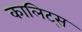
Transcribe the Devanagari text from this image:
कालिट्स